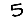
Digit: 5